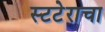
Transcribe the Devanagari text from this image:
स्टटेराचा